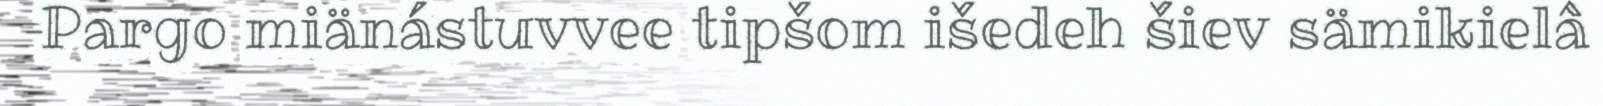
Pargo miänástuvvee tipšom išedeh šiev sämikielâ